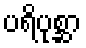
ပရိပုစ္ဆာ